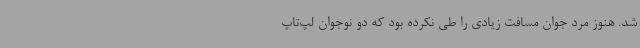
شد. هنوز مرد جوان مسافت زیادی را طی نکرده بود که دو نوجوان لپ‌تاپ